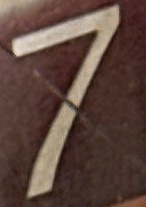
7